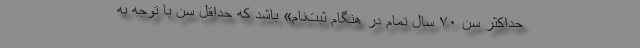
حداکثر سن ۷۰ سال تمام در هنگام ثبت‌نام» باشد که حداقل سن با توجه به